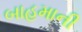
બાહમાની